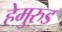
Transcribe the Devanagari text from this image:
हेमुरुड